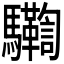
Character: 𩧛